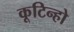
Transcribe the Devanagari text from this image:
कूटिन्हो